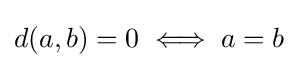
d(a,b)=0\iff a=b